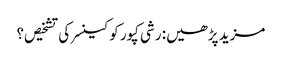
مزید پڑھیں: رشی کپور کو کینسر کی تشخیص؟